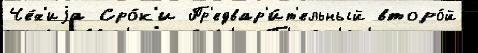
Че́х'иjа Сро́к'и Пр'едвар'и́т'ельный второ́й